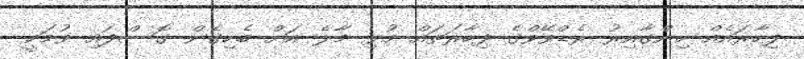
ފިހާރައެއް ހިންގާއިރު ރެޑްވޭވްގެ ފިހާރަތައް މުޅި މާލެ އަށް ބެހިގެން ގޮސްފައި ވުމަކީ